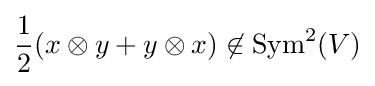
{\frac {1}{2}}(x\otimes y+y\otimes x)\not \in \operatorname {Sym} ^{2}(V)